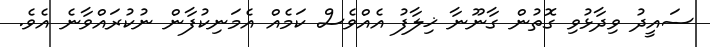
ސައީދު ވިދާޅުވި ގޮތުން ގާނޫނާ ޚިލާފު އެއްވެސް ކަމެއް އެމަނިކުފާން ނުކުރައްވާނެ އެވެ.